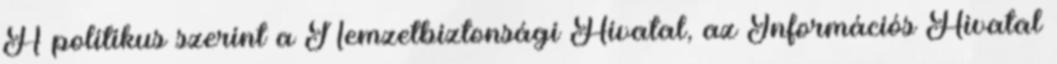
A politikus szerint a Nemzetbiztonsági Hivatal, az Információs Hivatal